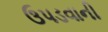
ઉપડવાની